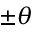
\pm \theta